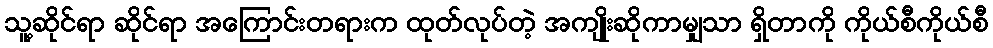
သူ့ဆိုင်ရာ ဆိုင်ရာ အကြောင်းတရားက ထုတ်လုပ်တဲ့ အကျိုးဆိုကာမျှသာ ရှိတာကို ကိုယ်စီကိုယ်စီ